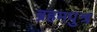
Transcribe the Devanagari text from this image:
ब्रहमपुत्र